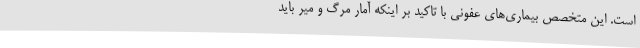
است. این متخصص بیماری‌های عفونی با تاکید بر اینکه آمار مرگ و میر باید